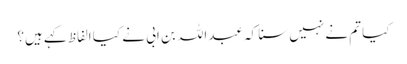
کیا تم نے نہیں سنا کہ عبداللہ بن ابی نے کیا الفاظ کہے ہیں؟